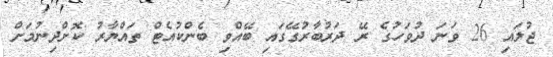
ޖުލައި 26 ވަނަ ދުވަހުގެ ރޭ ދަރުބާރުގޭގައި ބޭއްވި ބެންކުއެޓް ތައްޔާރު ކޮށްދިނުމަށް